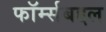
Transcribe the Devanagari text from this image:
फॉर्म्सबद्दल